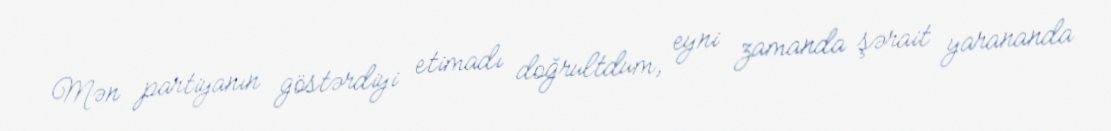
Mən partiyanın göstərdiyi etimadı doğrultdum, eyni zamanda şərait yarananda